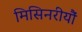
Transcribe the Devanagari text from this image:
मिसिनरीयौं